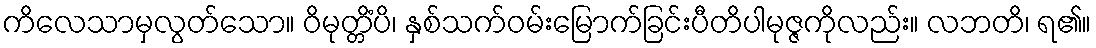
ကိလေသာမှလွတ်သော။ ဝိမုတ္တိံပိ၊ နှစ်သက်ဝမ်းမြောက်ခြင်းပီတိပါမုဇ္ဇကိုလည်း။ လဘတိ၊ ရ၏။